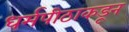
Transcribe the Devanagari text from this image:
धर्मपीठाकडून